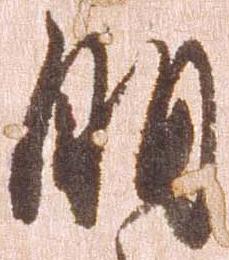
明